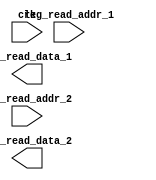
module riscv_GPRs_read(
 input    clk,
 // write port

 //read port 1  //doc phan tu th? 1
 input  [4:0] reg_read_addr_1,
 output  [31:0] reg_read_data_1,
 //read port 2 //doc phan tu th? 2
 input  [4:0] reg_read_addr_2,
 output  [31:0] reg_read_data_2
);
// reg [31:0] reg_array [31:0];
 integer i;
 integer fb;
 

endmodule